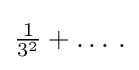
{\textstyle {\frac {1}{3^{2}}}+\ldots \,.}